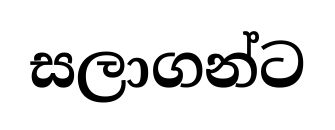
සලාගන්ට